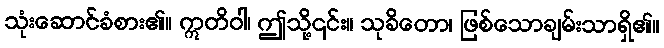
သုံးဆောင်ခံစား၏။ ဣတိဝါ၊ ဤသို့၎င်း။ သုခိတော၊ ဖြစ်သောချမ်းသာရှိ၏။